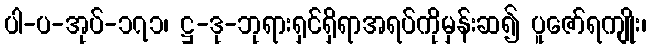
ပါ-ပ-အုပ်-၁၇၁၊ ဋ္ဌ-ဒု-ဘုရားရှင်ရှိရာအရပ်ကိုမှန်းဆ၍ ပူဇော်ရကျိုး၊